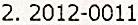
2.2012-0011